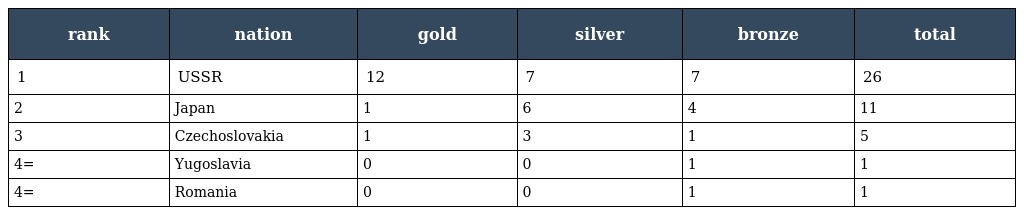
| rank | nation | gold | silver | bronze | total |
 | --- | --- | --- | --- | --- | --- |
 | 1 | USSR | 12 | 7 | 7 | 26 |
 | 2 | Japan | 1 | 6 | 4 | 11 |
 | 3 | Czechoslovakia | 1 | 3 | 1 | 5 |
 | 4= | Yugoslavia | 0 | 0 | 1 | 1 |
 | 4= | Romania | 0 | 0 | 1 | 1 |